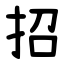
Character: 招